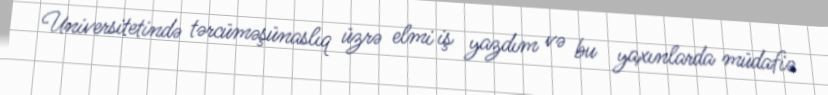
Universitetində tərcüməşünaslıq üzrə elmi iş yazdım və bu yaxınlarda müdafiə